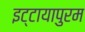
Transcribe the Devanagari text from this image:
इट्टायापुरम